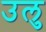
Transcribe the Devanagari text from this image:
उलु